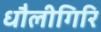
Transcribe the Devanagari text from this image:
धौलीगिरि